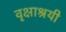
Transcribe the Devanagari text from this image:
वृक्षाश्रयी